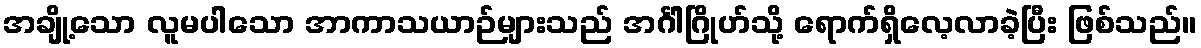
အချို့သော လူမပါသော အာကာသယာဉ်များသည် အင်္ဂါဂြိုဟ်သို့ ရောက်ရှိလေ့လာခဲ့ပြီး ဖြစ်သည်။